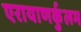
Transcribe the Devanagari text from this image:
एरायाणर्कुलम